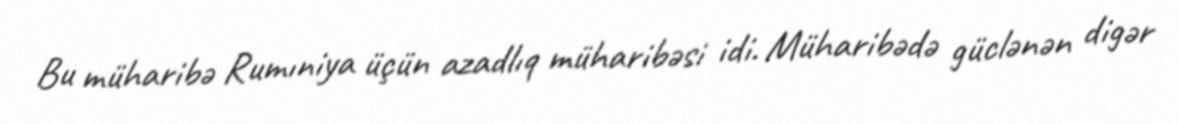
Bu müharibə Rumıniya üçün azadlıq müharibəsi idi. Müharibədə güclənən digər